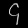
Digit: ၄